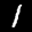
Label: 1